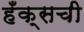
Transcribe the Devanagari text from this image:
हँक्सची